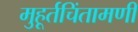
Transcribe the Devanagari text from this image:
मुहूर्तचिंतामणी